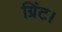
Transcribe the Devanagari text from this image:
ग्रिंट।